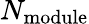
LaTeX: N_{\mathrm{module}}